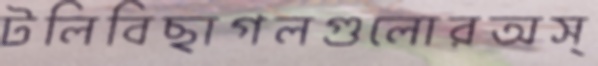
টলিবিছাগলগুলোরঅস্